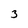
Character: 3